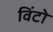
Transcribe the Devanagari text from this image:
विंटो